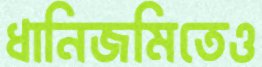
ধানিজমিতেও